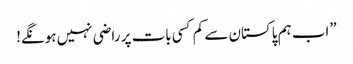
”اب ہم پاکستان سے کم کسی بات پر راضی نہیں ہونگے!